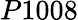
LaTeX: P1008